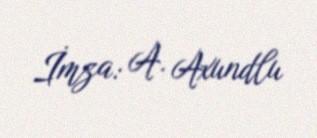
İmza: A. Axundlu